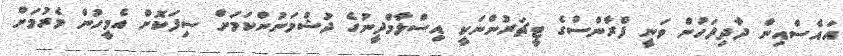
އައެސްއިން ދާދިފަހުން ވަނީ ފްރާންސްގެ ޓީޗަރުންނަކީ އިސްލާމްދީނުގެ ދުޝްމަނުންކަމަށް ސިފަކޮށް އެމީހުން މެރުމަށް